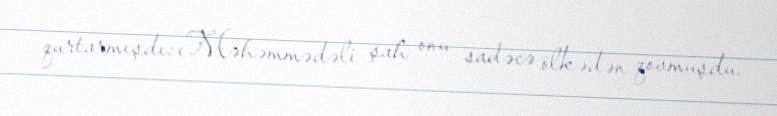
qurtarmışdı: Məhəmmədəli şah onu sadəcə ölkədən qovmuşdu.